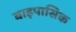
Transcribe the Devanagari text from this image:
बाइपासिक